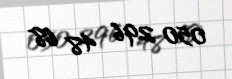
050 296 48 68